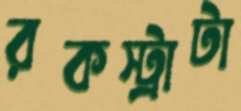
রকস্ট্রাটা